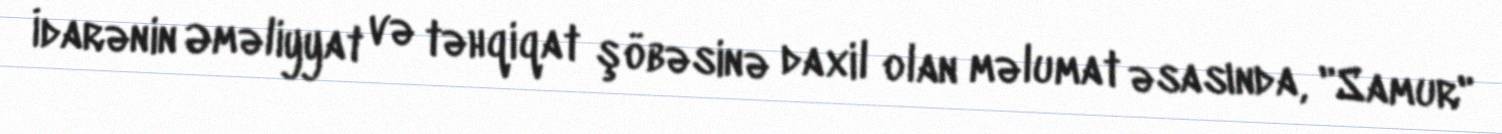
İdarənin Əməliyyat və təhqiqat şöbəsinə daxil olan məlumat əsasında, "Samur"